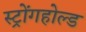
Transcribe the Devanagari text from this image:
स्ट्रोंगहोल्ड